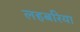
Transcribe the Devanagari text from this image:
लहबरिया